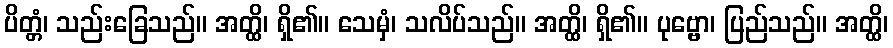
ပိတ္တံ၊ သည်းခြေသည်။ အတ္ထိ၊ ရှိ၏။ သေမှံ၊ သလိပ်သည်။ အတ္ထိ၊ ရှိ၏။ ပုဗ္ဗော၊ ပြည်သည်။ အတ္ထိ၊